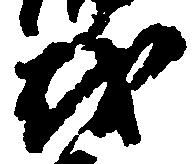
越